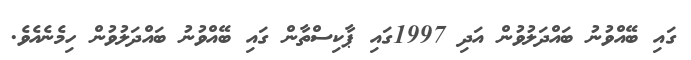
ގައި ބޭއްވުނު ބައްދަލުވުން އަދި 1997ގައި ޕާކިސްތާން ގައި ބޭއްވުނު ބައްދަލުވުން ހިމެނެއެވެ.